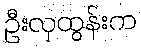
ဦးလှထွန်းက